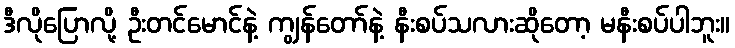
ဒီလိုပြောလို့ ဦးတင်မောင်နဲ့ ကျွန်တော်နဲ့ နီးစပ်သလားဆိုတော့ မနီးစပ်ပါဘူး။